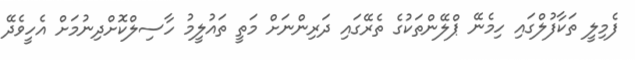
ފެމިލީ ތަކާފުލްގައި ހިމެނޭ ޕްލޭންތަކުގެ ތެރޭގައި ދަރިންނަށް މަތީ ތައުލީމު ހާސިލްކޮށްދިނުމަށް އެހީވެދޭ